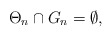
\begin{align*}\Theta_n \cap G_n = \emptyset,\end{align*}